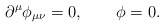
\begin{align*} \partial^\mu \phi_{\mu\nu} = 0, \qquad \phi = 0.\end{align*}